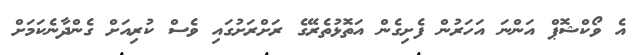
އެ ވޯކްޝޮޕް އަންނަ އަހަރުން ފެށިގެން އަތޮޅުތެރޭގެ ރަށްރަށުގައި ވެސް ކުރިއަށް ގެންދާނެކަމަށް